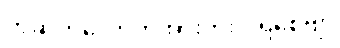
တဆိတ်လောက်အားကိုးပါရစေဗျာ